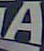
A